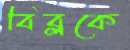
বিব্লকে